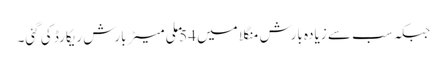
جبکہ سب سے زیادہ بارش منگلا میں 54 ملی میٹر بارش ریکارڈ کی گئی۔